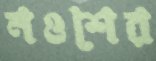
নওশের